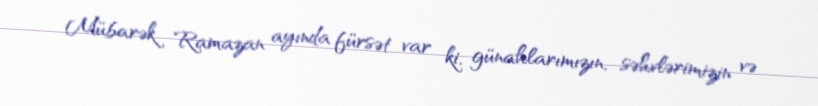
Mübarək Ramazan ayında fürsət var ki, günahlarımızın, səhvlərimizin və